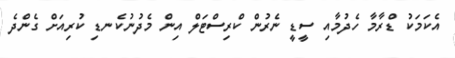
އެކަމަކު ޑްރާމާ ހެދުމާއި ސީޑީ ނެރުން ކްރިސްޓަލް އިން މެދުނުކެނޑި ކުރިއަށް ގެންދެ